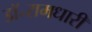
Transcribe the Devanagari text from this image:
डॉ॰रामधारी